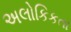
અલોકિકતા